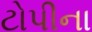
ટોપીના